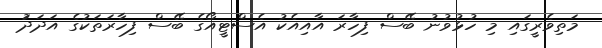
މަތިވެރީގައި މި ހުޅުވުނު ބޭސް ފިހާރަ އާއިއެކު އެސްޓީއޯގެ ބޭސް ފިހާރަތަކުގެ އަދަދަު